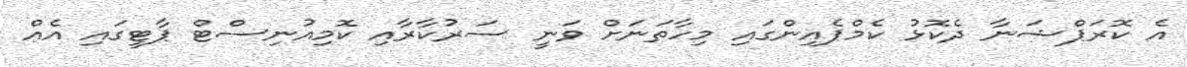
އެ ކޮރަޕްޝަނާ ދެކޮޅު ކެމްޕެއިންގައި މިހާތަނަށް ވަނީ ސަރުކާރާއި ކޮމިއުނިސްޓް ޕާޓީގައި އެއް